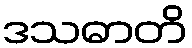
ဒသဓာတိ